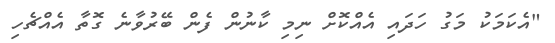
"އެކަމަކު މަގު ހަދައި އެއްކޮށް ނިމި ކާނުން ފެން ބޭރުވާނެ ގޮތާ އެއްޗެހި